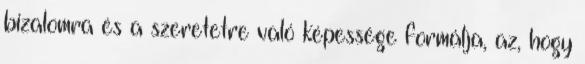
bizalomra és a szeretetre való képessége formálja, az, hogy